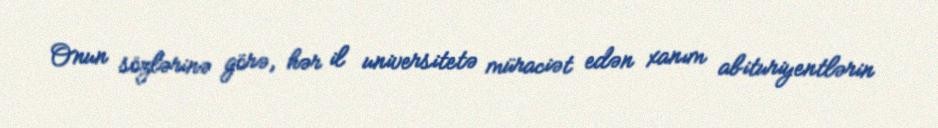
Onun sözlərinə görə, hər il universitetə müraciət edən xanım abituriyentlərin